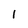
Character: l